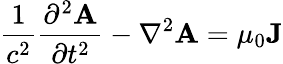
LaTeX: {\frac{1}{c^{2}}}{\frac{\partial^{2}\mathbf{A}}{\partial t^{2}}}-\nabla^{2}{\mathbf{A}}=\mu_{0}\mathbf{J}